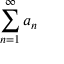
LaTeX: \displaystyle \sum _ { n = 1 } ^ { \infty } a _ { n }